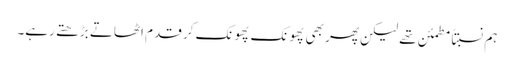
ہم نسبتاً مطمئن تھے لیکن پھر بھی پھونک پھونک کر قدم اٹھاتے بڑھتے رہے۔